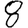
Digit: 8